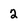
Character: 2